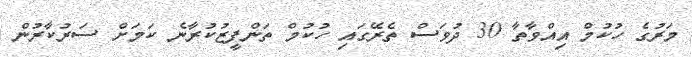
މަރުގެ ހުކުމް އިއްވާތާ 30 ދުވަސް ތެރޭގައި ހުކުމް ތަންފީޒުކުރާނެ ކަމަށް ސަރުކާރުން